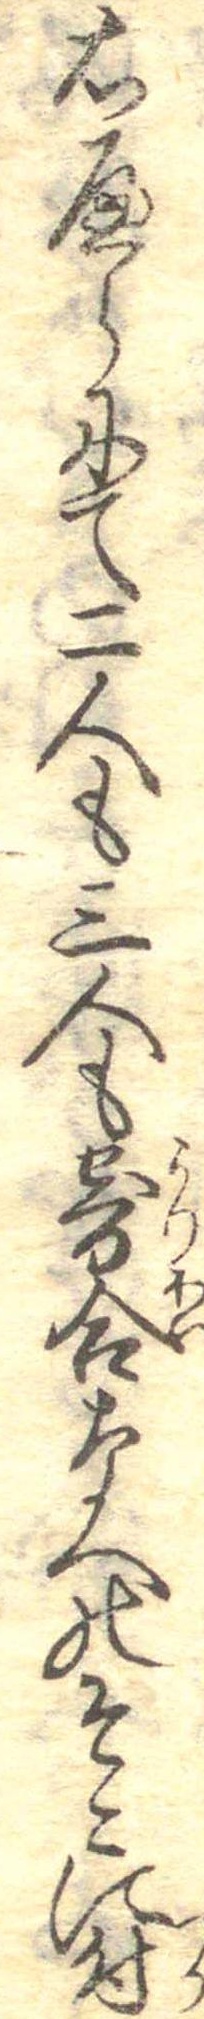
右へらにて二人も三人も寄合なへのそこに付